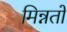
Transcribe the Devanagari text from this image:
मिन्नतों